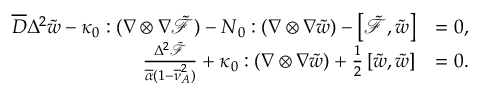
\begin{array} { r l } { \overline { { D } } \Delta ^ { 2 } \tilde { w } - \boldsymbol { { \kappa } } _ { 0 } : ( \nabla \otimes \nabla { \tilde { \mathcal { F } } } ) - \boldsymbol { { N } } _ { 0 } : ( \nabla \otimes \nabla \tilde { w } ) - \left[ \tilde { \mathcal { F } } , \tilde { w } \right] } & { = 0 , } \\ { \frac { \Delta ^ { 2 } \tilde { \mathcal { F } } } { \overline { { \alpha } } ( 1 - \overline { { \nu } } _ { A } ^ { 2 } ) } + \boldsymbol { { \kappa } } _ { 0 } : ( \nabla \otimes \nabla \tilde { w } ) + \frac { 1 } { 2 } \left[ \tilde { w } , \tilde { w } \right] } & { = 0 . } \end{array}